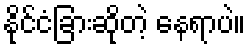
နိုင်ငံခြားဆိုတဲ့ နေရာပဲ။